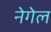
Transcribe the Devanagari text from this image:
नेगेल